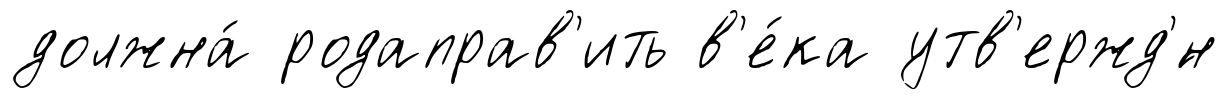
должна́ родаправ'ить в'е́ка утв'ержд'́н